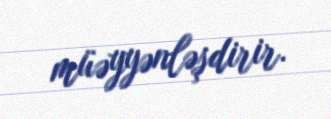
müəyyənləşdirir.